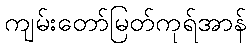
ကျမ်းတော်မြတ်ကုရ်အာန်